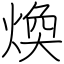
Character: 煥